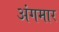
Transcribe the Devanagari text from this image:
अंगमार